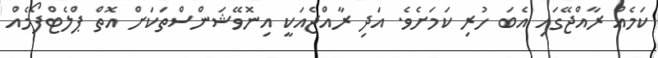
ކަމެއް ރާއްޖޭގައި އެބަ ހުރި ކަމަށެވެ. އަދި ރާއްޖެއަކީ އިނޮވޭޝަންސްތަކަށް އޮތް ޕްލެޓްފޯމެއް